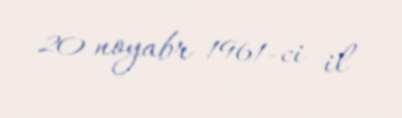
20 noyabr 1961-ci il